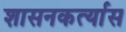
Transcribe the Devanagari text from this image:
शासनकर्त्यास